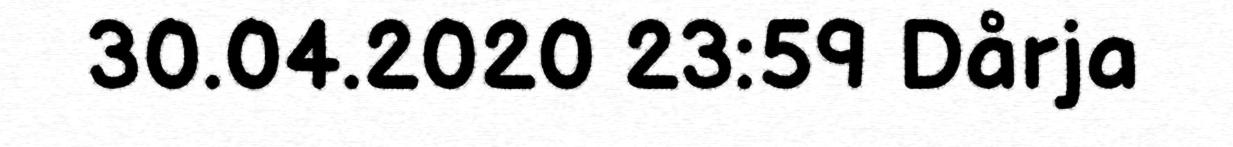
30.04.2020 23:59 Dårja